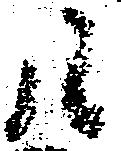
候